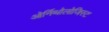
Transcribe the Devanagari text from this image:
ओर्निथोलोजिस्ट